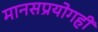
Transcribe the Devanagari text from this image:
मानसप्रयोगही